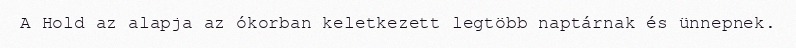
A Hold az alapja az ókorban keletkezett legtöbb naptárnak és ünnepnek.